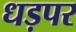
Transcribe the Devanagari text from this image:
धड़पर